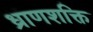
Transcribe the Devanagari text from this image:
ध्राणशक्ति